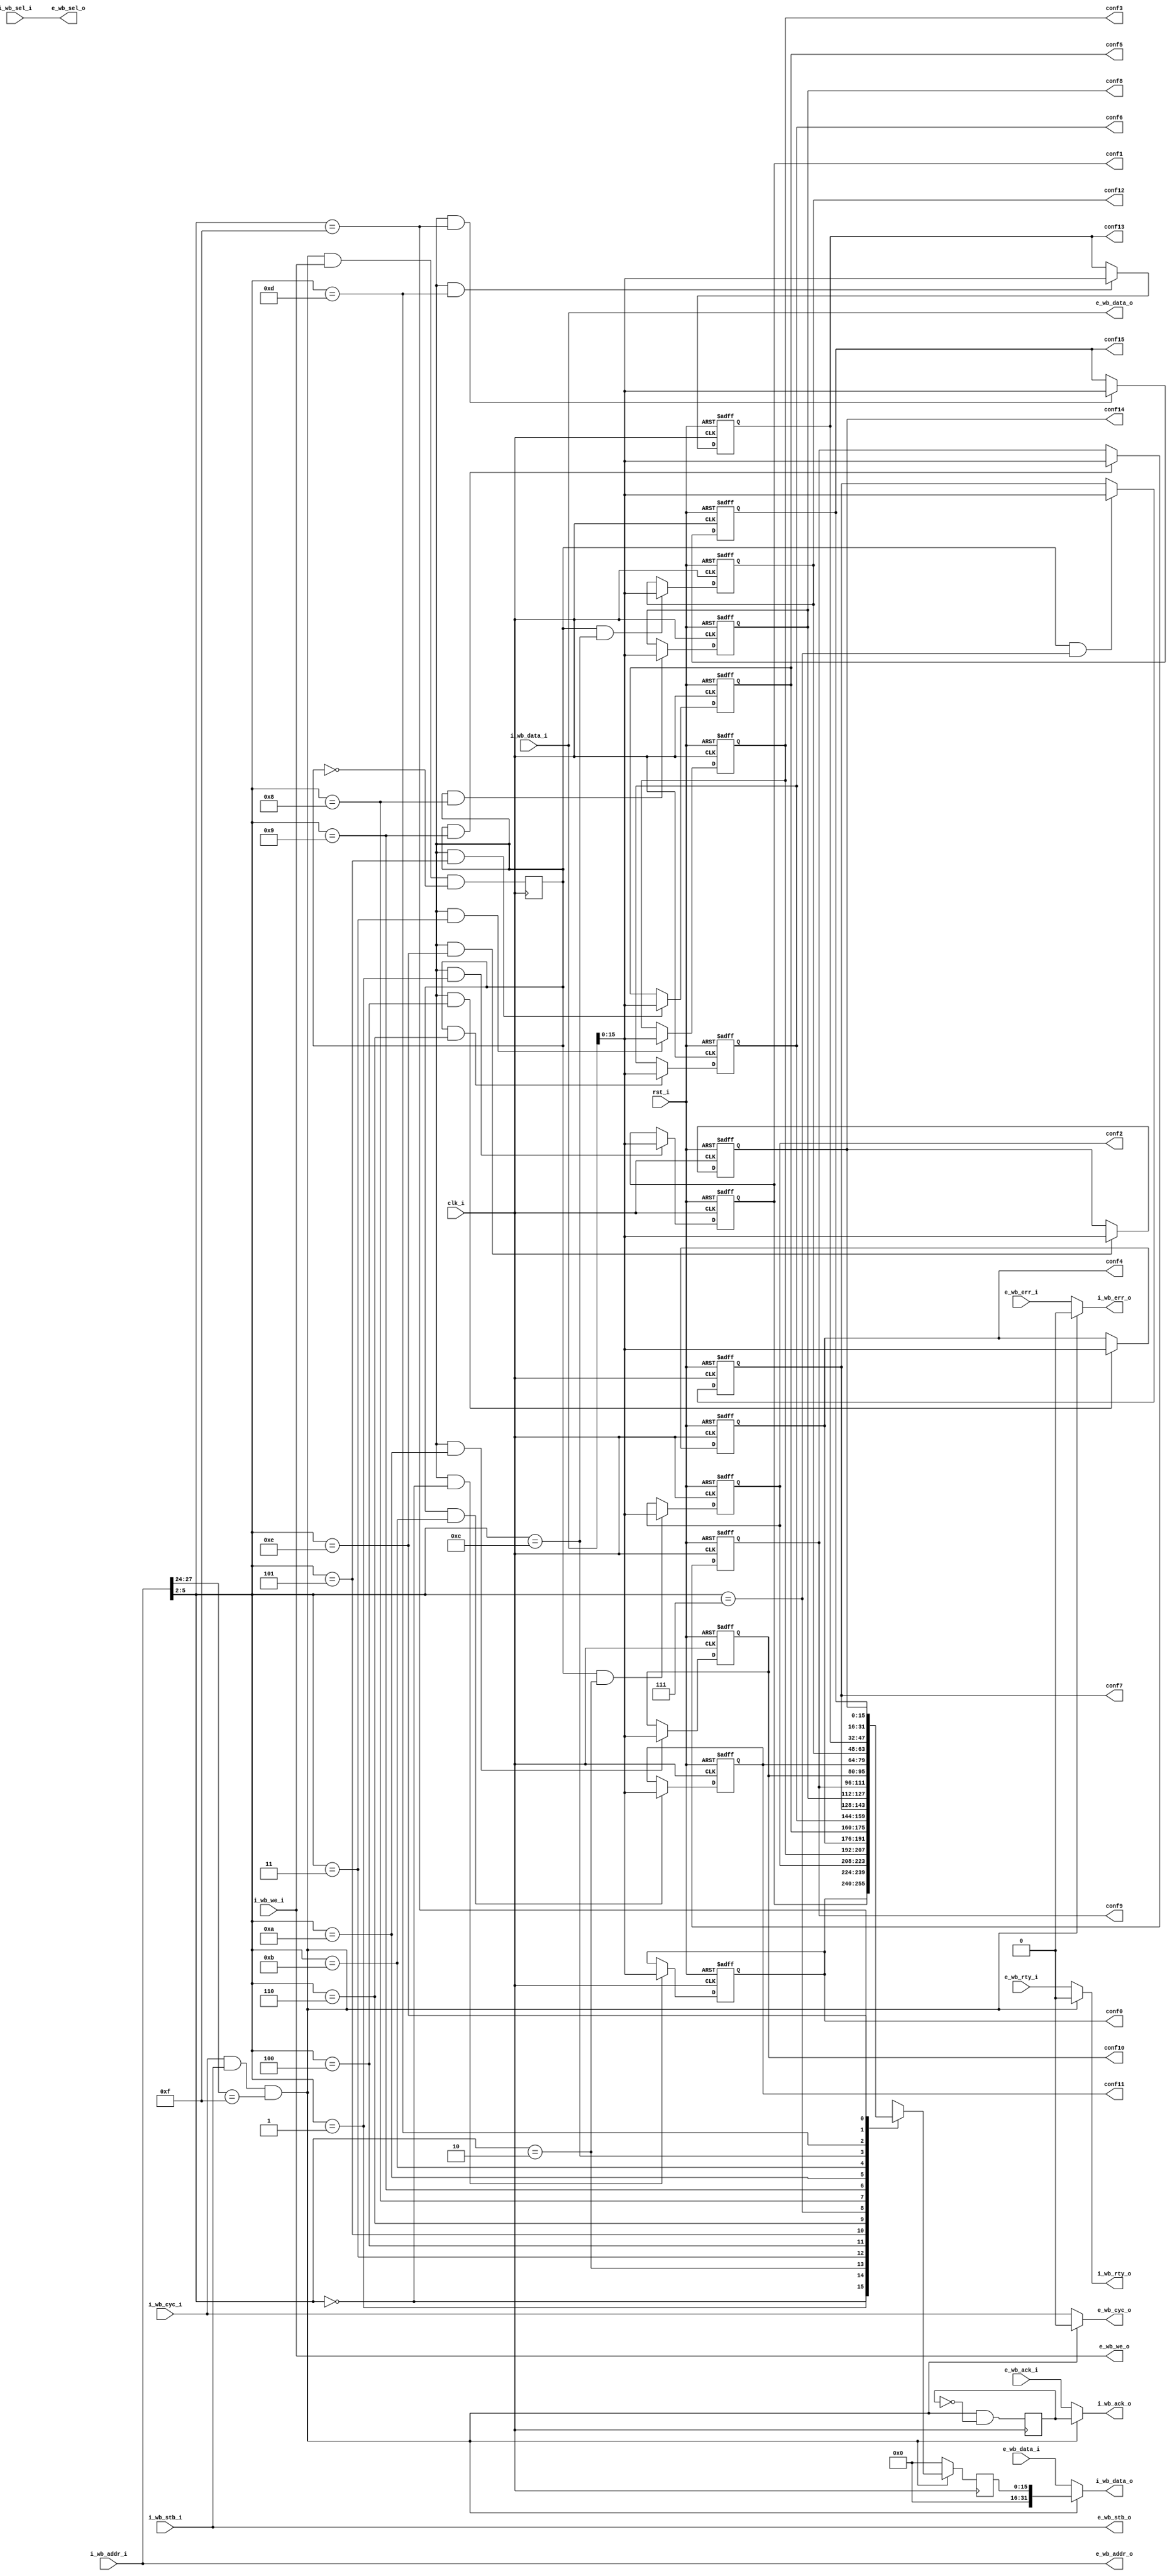
/////////////////////////////////////////////////////////////////////
////                                                             ////
////  WISHBONE Connection Matrix Register File                   ////
////                                                             ////
////                                                             ////
////          rudi@asics.ws                                      ////
////                                                             ////
////                                                             ////
////  Downloaded from: http://www.opencores.org/cores/wb_conmax/ ////
////                                                             ////
/////////////////////////////////////////////////////////////////////
////                                                             ////
//// Copyright (C) 2000-2002 Rudolf Usselmann                    ////
////                         www.asics.ws                        ////
////                         rudi@asics.ws                       ////
////                                                             ////
//// This source file may be used and distributed without        ////
//// restriction provided that this copyright statement is not   ////
//// removed from the file and that any derivative work contains ////
//// the original copyright notice and the associated disclaimer.////
////                                                             ////
////     THIS SOFTWARE IS PROVIDED ``AS IS'' AND WITHOUT ANY     ////
//// EXPRESS OR IMPLIED WARRANTIES, INCLUDING, BUT NOT LIMITED   ////
//// TO, THE IMPLIED WARRANTIES OF MERCHANTABILITY AND FITNESS   ////
//// FOR A PARTICULAR PURPOSE. IN NO EVENT SHALL THE AUTHOR      ////
//// OR CONTRIBUTORS BE LIABLE FOR ANY DIRECT, INDIRECT,         ////
//// INCIDENTAL, SPECIAL, EXEMPLARY, OR CONSEQUENTIAL DAMAGES    ////
//// (INCLUDING, BUT NOT LIMITED TO, PROCUREMENT OF SUBSTITUTE   ////
//// GOODS OR SERVICES; LOSS OF USE, DATA, OR PROFITS; OR        ////
//// BUSINESS INTERRUPTION) HOWEVER CAUSED AND ON ANY THEORY OF  ////
//// LIABILITY, WHETHER IN  CONTRACT, STRICT LIABILITY, OR TORT  ////
//// (INCLUDING NEGLIGENCE OR OTHERWISE) ARISING IN ANY WAY OUT  ////
//// OF THE USE OF THIS SOFTWARE, EVEN IF ADVISED OF THE         ////
//// POSSIBILITY OF SUCH DAMAGE.                                 ////
////                                                             ////
/////////////////////////////////////////////////////////////////////

//  CVS Log
//
//  $Id: wb_conmax_rf.v,v 1.2 2002-10-03 05:40:07 rudi Exp $
//
//  $Date: 2002-10-03 05:40:07 $
//  $Revision: 1.2 $
//  $Author: rudi $
//  $Locker:  $
//  $State: Exp $
//
// Change History:
//               $Log: not supported by cvs2svn $
//               Revision 1.1.1.1  2001/10/19 11:01:42  rudi
//               WISHBONE CONMAX IP Core
//
//
//
//
//


module wb_conmax_rf(
		clk_i, rst_i,

		// Internal Wishbone Interface
		i_wb_data_i, i_wb_data_o, i_wb_addr_i, i_wb_sel_i, i_wb_we_i, i_wb_cyc_i,
		i_wb_stb_i, i_wb_ack_o, i_wb_err_o, i_wb_rty_o,

		// External Wishbone Interface
		e_wb_data_i, e_wb_data_o, e_wb_addr_o, e_wb_sel_o, e_wb_we_o, e_wb_cyc_o,
		e_wb_stb_o, e_wb_ack_i, e_wb_err_i, e_wb_rty_i,

		// Configuration Registers
		conf0, conf1, conf2, conf3, conf4, conf5, conf6, conf7,
		conf8, conf9, conf10, conf11, conf12, conf13, conf14, conf15

		);

////////////////////////////////////////////////////////////////////
//
// Module Parameters
//

parameter	[3:0]	rf_addr	= 4'hf;
parameter		dw	= 32;		// Data bus Width
parameter		aw	= 32;		// Address bus Width
parameter		sw	= dw / 8;	// Number of Select Lines

////////////////////////////////////////////////////////////////////
//
// Module IOs
//

input		clk_i, rst_i;

// Internal Wishbone Interface
input	[dw-1:0]	i_wb_data_i;
output	[dw-1:0]	i_wb_data_o;
input	[aw-1:0]	i_wb_addr_i;
input	[sw-1:0]	i_wb_sel_i;
input			i_wb_we_i;
input			i_wb_cyc_i;
input			i_wb_stb_i;
output			i_wb_ack_o;
output			i_wb_err_o;
output			i_wb_rty_o;

// External Wishbone Interface
input	[dw-1:0]	e_wb_data_i;
output	[dw-1:0]	e_wb_data_o;
output	[aw-1:0]	e_wb_addr_o;
output	[sw-1:0]	e_wb_sel_o;
output			e_wb_we_o;
output			e_wb_cyc_o;
output			e_wb_stb_o;
input			e_wb_ack_i;
input			e_wb_err_i;
input			e_wb_rty_i;

// Configuration Registers
output	[15:0]		conf0;
output	[15:0]		conf1;
output	[15:0]		conf2;
output	[15:0]		conf3;
output	[15:0]		conf4;
output	[15:0]		conf5;
output	[15:0]		conf6;
output	[15:0]		conf7;
output	[15:0]		conf8;
output	[15:0]		conf9;
output	[15:0]		conf10;
output	[15:0]		conf11;
output	[15:0]		conf12;
output	[15:0]		conf13;
output	[15:0]		conf14;
output	[15:0]		conf15;

////////////////////////////////////////////////////////////////////
//
// Local Wires
//

reg	[15:0]	conf0, conf1, conf2, conf3, conf4, conf5;
reg	[15:0]	conf6, conf7, conf8, conf9, conf10, conf11;
reg	[15:0]	conf12, conf13, conf14, conf15;

//synopsys infer_multibit "conf0"
//synopsys infer_multibit "conf1"
//synopsys infer_multibit "conf2"
//synopsys infer_multibit "conf3"
//synopsys infer_multibit "conf4"
//synopsys infer_multibit "conf5"
//synopsys infer_multibit "conf6"
//synopsys infer_multibit "conf7"
//synopsys infer_multibit "conf8"
//synopsys infer_multibit "conf9"
//synopsys infer_multibit "conf10"
//synopsys infer_multibit "conf11"
//synopsys infer_multibit "conf12"
//synopsys infer_multibit "conf13"
//synopsys infer_multibit "conf14"
//synopsys infer_multibit "conf15"

wire		rf_sel;
reg	[15:0]	rf_dout;
reg		rf_ack;
reg		rf_we;

////////////////////////////////////////////////////////////////////
//
// Register File Select Logic
//

assign rf_sel = i_wb_cyc_i & i_wb_stb_i & (i_wb_addr_i[aw-5:aw-8] == rf_addr);

////////////////////////////////////////////////////////////////////
//
// Register File Logic
//

always @(posedge clk_i)
	rf_we <= #1 rf_sel & i_wb_we_i & !rf_we;

always @(posedge clk_i)
	rf_ack <= #1 rf_sel & !rf_ack;

// Writre Logic
always @(posedge clk_i or posedge rst_i)
	if(rst_i)					conf0 <= #1 16'h0;
	else
	if(rf_we & (i_wb_addr_i[5:2] == 4'd0) )		conf0 <= #1 i_wb_data_i[15:0];

always @(posedge clk_i or posedge rst_i)
	if(rst_i)					conf1 <= #1 16'h0;
	else
	if(rf_we & (i_wb_addr_i[5:2] == 4'd1) )		conf1 <= #1 i_wb_data_i[15:0];

always @(posedge clk_i or posedge rst_i)
	if(rst_i)					conf2 <= #1 16'h0;
	else
	if(rf_we & (i_wb_addr_i[5:2] == 4'd2) )		conf2 <= #1 i_wb_data_i[15:0];

always @(posedge clk_i or posedge rst_i)
	if(rst_i)					conf3 <= #1 16'h0;
	else
	if(rf_we & (i_wb_addr_i[5:2] == 4'd3) )		conf3 <= #1 i_wb_data_i[15:0];

always @(posedge clk_i or posedge rst_i)
	if(rst_i)					conf4 <= #1 16'h0;
	else
	if(rf_we & (i_wb_addr_i[5:2] == 4'd4) )		conf4 <= #1 i_wb_data_i[15:0];

always @(posedge clk_i or posedge rst_i)
	if(rst_i)					conf5 <= #1 16'h0;
	else
	if(rf_we & (i_wb_addr_i[5:2] == 4'd5) )		conf5 <= #1 i_wb_data_i[15:0];

always @(posedge clk_i or posedge rst_i)
	if(rst_i)					conf6 <= #1 16'h0;
	else
	if(rf_we & (i_wb_addr_i[5:2] == 4'd6) )		conf6 <= #1 i_wb_data_i[15:0];

always @(posedge clk_i or posedge rst_i)
	if(rst_i)					conf7 <= #1 16'h0;
	else
	if(rf_we & (i_wb_addr_i[5:2] == 4'd7) )		conf7 <= #1 i_wb_data_i[15:0];

always @(posedge clk_i or posedge rst_i)
	if(rst_i)					conf8 <= #1 16'h0;
	else
	if(rf_we & (i_wb_addr_i[5:2] == 4'd8) )		conf8 <= #1 i_wb_data_i[15:0];

always @(posedge clk_i or posedge rst_i)
	if(rst_i)					conf9 <= #1 16'h0;
	else
	if(rf_we & (i_wb_addr_i[5:2] == 4'd9) )		conf9 <= #1 i_wb_data_i[15:0];

always @(posedge clk_i or posedge rst_i)
	if(rst_i)					conf10 <= #1 16'h0;
	else
	if(rf_we & (i_wb_addr_i[5:2] == 4'd10) )	conf10 <= #1 i_wb_data_i[15:0];

always @(posedge clk_i or posedge rst_i)
	if(rst_i)					conf11 <= #1 16'h0;
	else
	if(rf_we & (i_wb_addr_i[5:2] == 4'd11) )	conf11 <= #1 i_wb_data_i[15:0];

always @(posedge clk_i or posedge rst_i)
	if(rst_i)					conf12 <= #1 16'h0;
	else
	if(rf_we & (i_wb_addr_i[5:2] == 4'd12) )	conf12 <= #1 i_wb_data_i[15:0];

always @(posedge clk_i or posedge rst_i)
	if(rst_i)					conf13 <= #1 16'h0;
	else
	if(rf_we & (i_wb_addr_i[5:2] == 4'd13) )	conf13 <= #1 i_wb_data_i[15:0];

always @(posedge clk_i or posedge rst_i)
	if(rst_i)					conf14 <= #1 16'h0;
	else
	if(rf_we & (i_wb_addr_i[5:2] == 4'd14) )	conf14 <= #1 i_wb_data_i[15:0];

always @(posedge clk_i or posedge rst_i)
	if(rst_i)					conf15 <= #1 16'h0;
	else
	if(rf_we & (i_wb_addr_i[5:2] == 4'd15) )	conf15 <= #1 i_wb_data_i[15:0];

// Read Logic
always @(posedge clk_i)
	if(!rf_sel)	rf_dout <= #1 16'h0;
	else
	case(i_wb_addr_i[5:2])
	   4'd0:	rf_dout <= #1 conf0;
	   4'd1:	rf_dout <= #1 conf1;
	   4'd2:	rf_dout <= #1 conf2;
	   4'd3:	rf_dout <= #1 conf3;
	   4'd4:	rf_dout <= #1 conf4;
	   4'd5:	rf_dout <= #1 conf5;
	   4'd6:	rf_dout <= #1 conf6;
	   4'd7:	rf_dout <= #1 conf7;
	   4'd8:	rf_dout <= #1 conf8;
	   4'd9:	rf_dout <= #1 conf9;
	   4'd10:	rf_dout <= #1 conf10;
	   4'd11:	rf_dout <= #1 conf11;
	   4'd12:	rf_dout <= #1 conf12;
	   4'd13:	rf_dout <= #1 conf13;
	   4'd14:	rf_dout <= #1 conf14;
	   4'd15:	rf_dout <= #1 conf15;
	endcase

////////////////////////////////////////////////////////////////////
//
// Register File By-Pass Logic
//

assign e_wb_addr_o = i_wb_addr_i;
assign e_wb_sel_o  = i_wb_sel_i;
assign e_wb_data_o = i_wb_data_i;

assign e_wb_cyc_o  = rf_sel ? 1'b0 : i_wb_cyc_i;
assign e_wb_stb_o  = i_wb_stb_i;
assign e_wb_we_o   = i_wb_we_i;

assign i_wb_data_o = rf_sel ? { {aw-16{1'b0}}, rf_dout} : e_wb_data_i;
assign i_wb_ack_o  = rf_sel ? rf_ack  : e_wb_ack_i;
assign i_wb_err_o  = rf_sel ? 1'b0    : e_wb_err_i;
assign i_wb_rty_o  = rf_sel ? 1'b0    : e_wb_rty_i;

endmodule